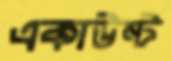
একাউন্ট